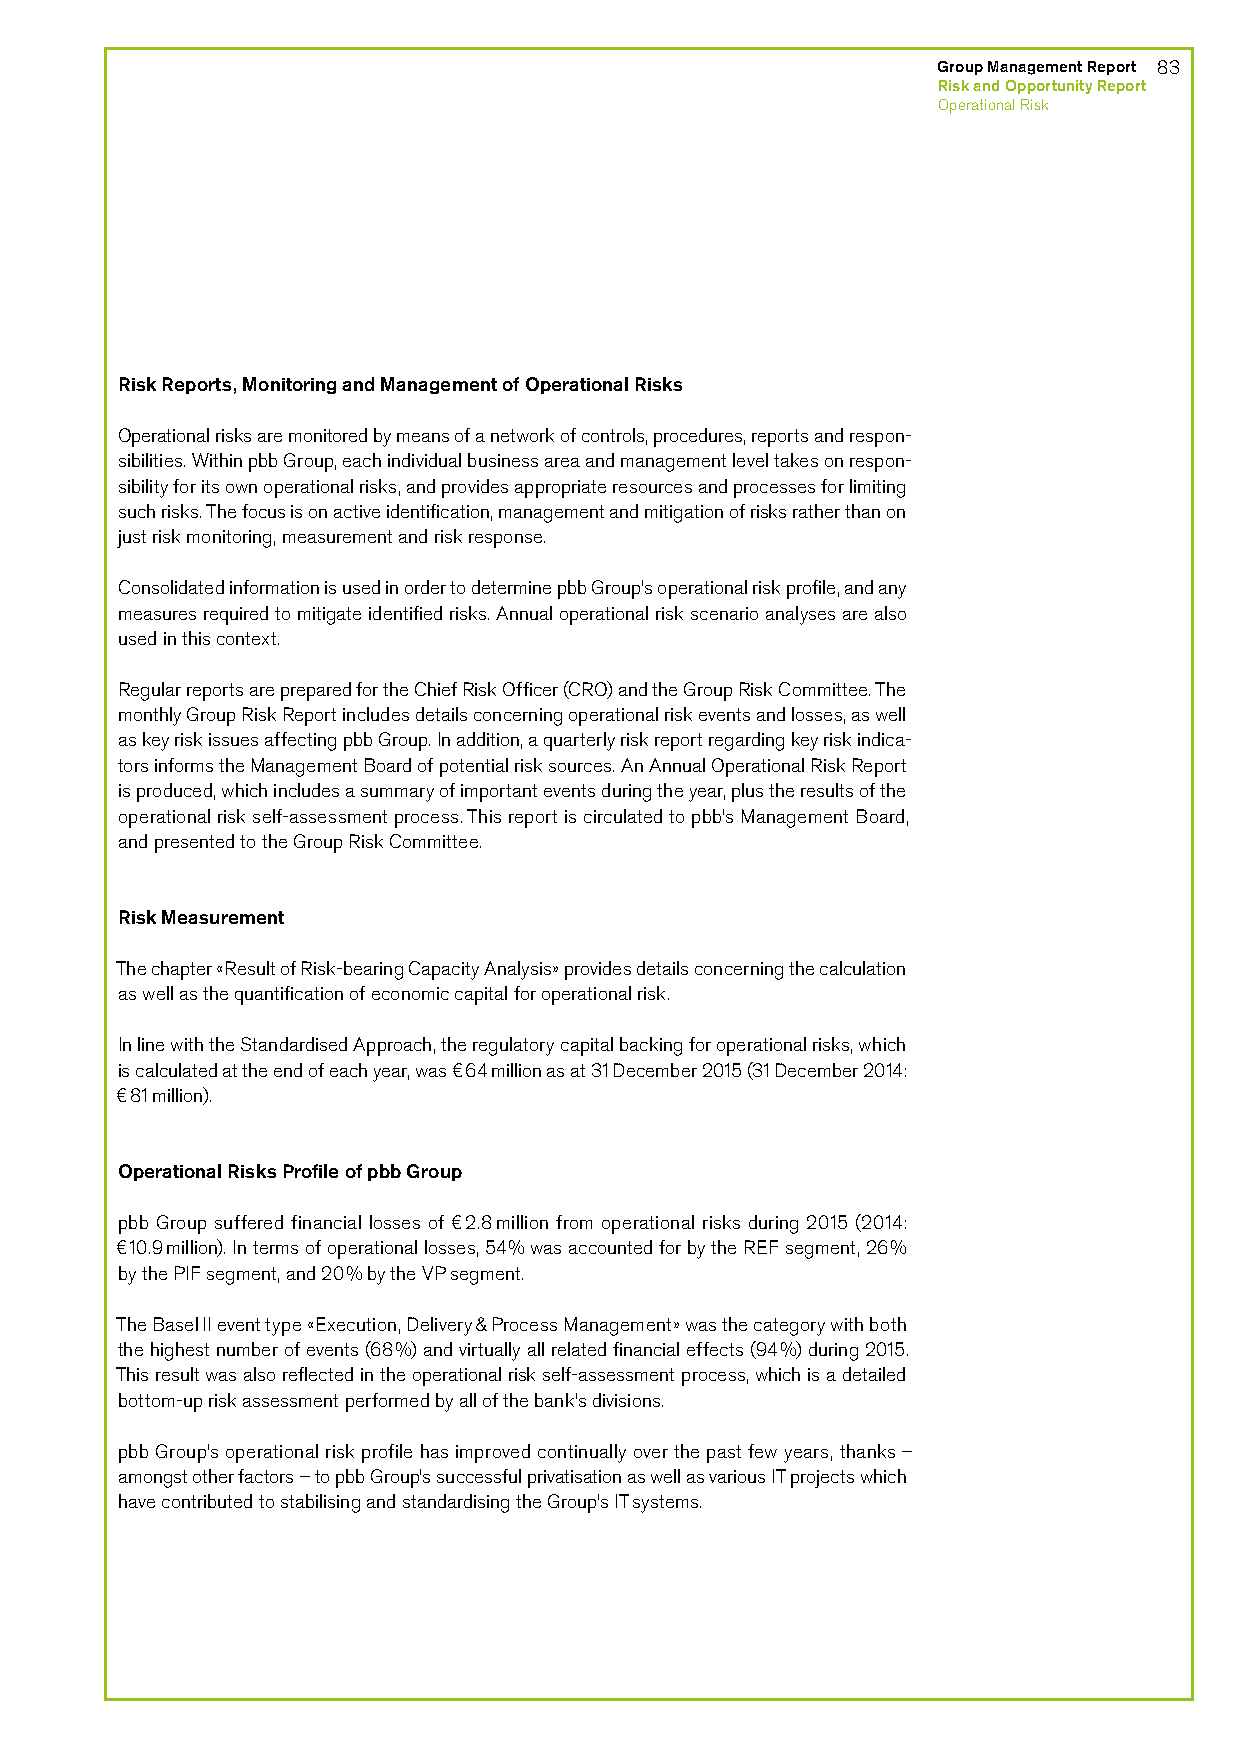
Group Management Report 83
 Risk and Opportunity Report
 Operational Risk
 Risk Reports, Monitoring and Management of Operational Risks
 Operational risks are monitored by means of a network of controls, procedures, reports and respon-
 sibilities. Within pbb Group, each individual business area and management level takes on respon-
 sibility for its own operational risks, and provides appropriate resources and processes for limiting
 such risks. The focus is on active identification, management and mitigation of risks rather than on
 just risk monitoring, measurement and risk response.
 Consolidated information is used in order to determine pbb Group’s operational risk profile, and any
 measures required to mitigate identified risks. Annual operational risk scenario analyses are also
 used in this context.
 Regular reports are prepared for the Chief Risk Officer (CRO) and the Group Risk Committee. The
 monthly Group Risk Report includes details concerning operational risk events and losses, as well
 as key risk issues affecting pbb Group. In addition, a quarterly risk report regarding key risk indica-
 tors informs the Management Board of potential risk sources. An Annual Operational Risk Report
 is produced, which includes a summary of important events during the year, plus the results of the
 operational risk self-assessment process. This report is circulated to pbb’s Management Board,
 and presented to the Group Risk Committee.
 Risk Measurement
 The chapter «Result of Risk-bearing Capacity Analysis» provides details concerning the calculation
 as well as the quantification of economic capital for operational risk.
 In line with the Standardised Approach, the regulatory capital backing for operational risks, which
 is calculated at the end of each year, was €64 million as at 31 December 2015 (31 December 2014:
 €81 million).
 Operational Risks Profile of pbb Group
 pbb Group suffered financial losses of €2.8 million from operational risks during 2015 (2014:
 €10.9 million). In terms of operational losses, 54% was accounted for by the REF segment, 26%
 by the PIF segment, and 20% by the VP segment.
 The Basel II event type «Execution, Delivery & Process Management» was the category with both
 the highest number of events (68%) and virtually all related financial effects (94%) during 2015.
 This result was also reflected in the operational risk self-assessment process, which is a detailed
 bottom-up risk assessment performed by all of the bank’s divisions.
 pbb Group’s operational risk profile has improved continually over the past few years, thanks –
 amongst other factors – to pbb Group’s successful privatisation as well as various IT projects which
 have contributed to stabilising and standardising the Group’s IT systems.